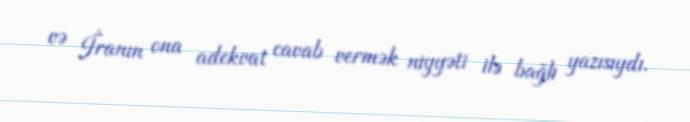
və İranın ona adekvat cavab vermək niyyəti ilə bağlı yazısıydı.